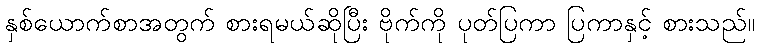
နှစ်ယောက်စာအတွက် စားရမယ်ဆိုပြီး ဗိုက်ကို ပုတ်ပြကာ ပြကာနှင့် စားသည်။